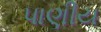
પાણીય